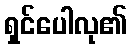
ရှင်ပေါလု၏